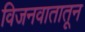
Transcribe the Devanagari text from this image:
विजनवातातून